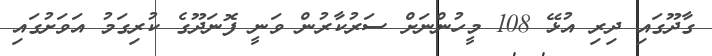
ގާދޫގައި ދިރި އުޅޭ 108 މީހުންނަށް ސަރުކާރުން ވަނީ ފޮނަދޫގެ ކުރިގަމު އަވަށުގައި